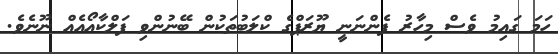
ހަމަ ގައިމު ވެސް މިހާރު ފެންނަނީ ޔޫރަޕްގެ ކްލަބުތަކުން ބޭނުންވި ފަލްކާއޯއެއް ނޫނެެވެ.